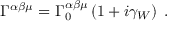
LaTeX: \Gamma ^ { \alpha \beta \mu } = \Gamma _ { 0 } ^ { \alpha \beta \mu } \left( 1 + i \gamma _ { W } \right) \; .